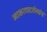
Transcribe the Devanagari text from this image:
व्याकरणदर्शनग्रंथ